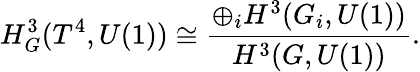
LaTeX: H_{G}^{3}(T^{4},U(1))\cong\frac{\oplus_{i}H^{3}(G_{i},U(1))}{H^{3}(G,U(1))}.